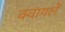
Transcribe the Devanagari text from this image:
क्वायलें